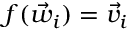
f ( \vec { w } _ { i } ) = \vec { v } _ { i }